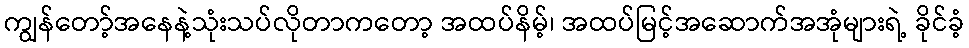
ကျွန်တော့်အနေနဲ့သုံးသပ်လိုတာကတော့ အထပ်နိမ့်၊ အထပ်မြင့်အဆောက်အအုံများရဲ့ ခိုင်ခံ့